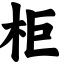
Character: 柜